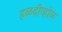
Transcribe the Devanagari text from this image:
हळदीव्होळ